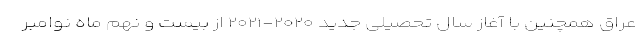
عراق همچنین با آغاز سال تحصیلی جدید ۲۰۲۰-۲۰۲۱ از بیست و نهم ماه نوامبر